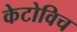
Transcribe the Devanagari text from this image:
केटोविच